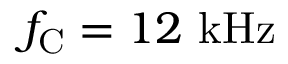
f _ { \mathrm { C } } = 1 2 ~ \mathrm { k H z }